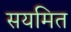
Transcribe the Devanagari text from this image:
सयमित